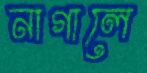
নাগালে